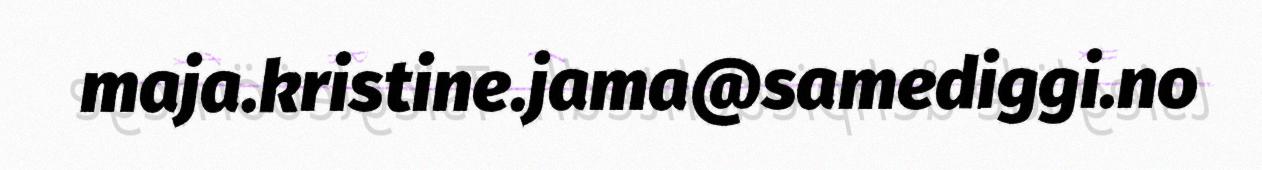
maja.kristine.jama@samediggi.no